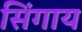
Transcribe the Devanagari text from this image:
सिंगाय